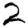
Digit: 2